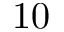
1 0